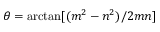
\theta = \arctan [ ( m ^ { 2 } - n ^ { 2 } ) / 2 m n ]